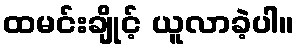
ထမင်းချိုင့် ယူလာခဲ့ပါ။